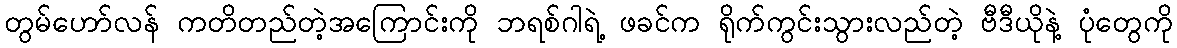
တွမ်ဟော်လန် ကတိတည်တဲ့အကြောင်းကို ဘရစ်ဂါရဲ့ ဖခင်က ရိုက်ကွင်းသွားလည်တဲ့ ဗီဒီယိုနဲ့ ပုံတွေကို